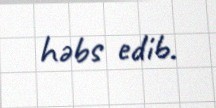
həbs edib.